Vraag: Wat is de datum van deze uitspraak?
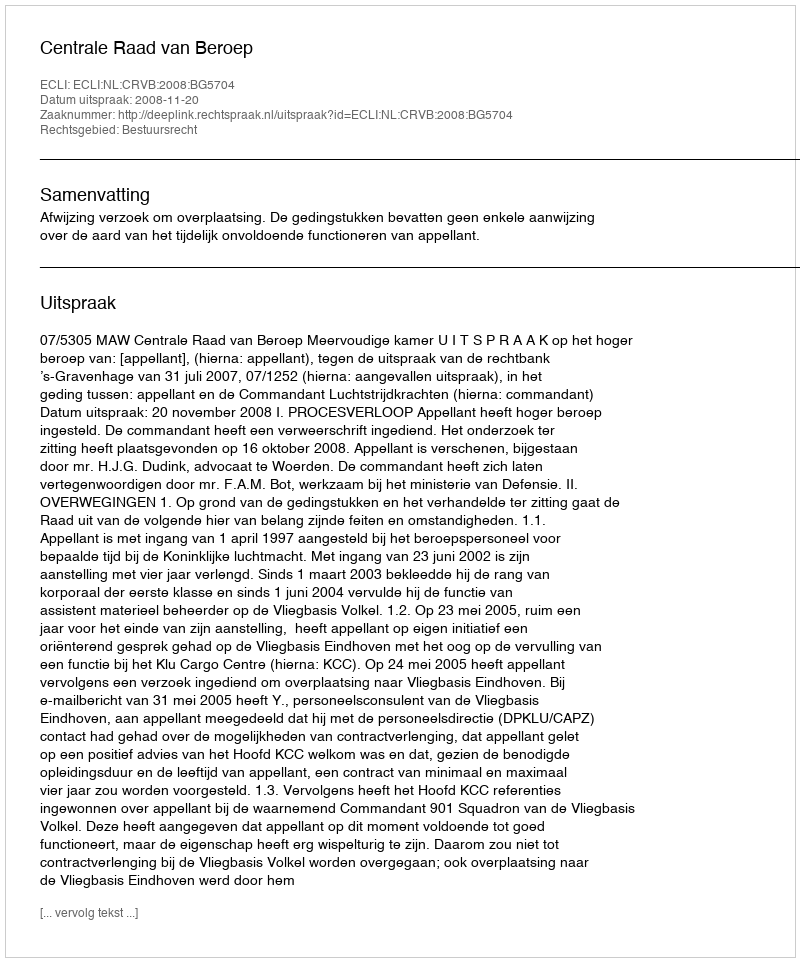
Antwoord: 2008-11-20